Vaccination United Provinces of Agra and Oudh 1923-1928 - 1923-1928
Year: 1923
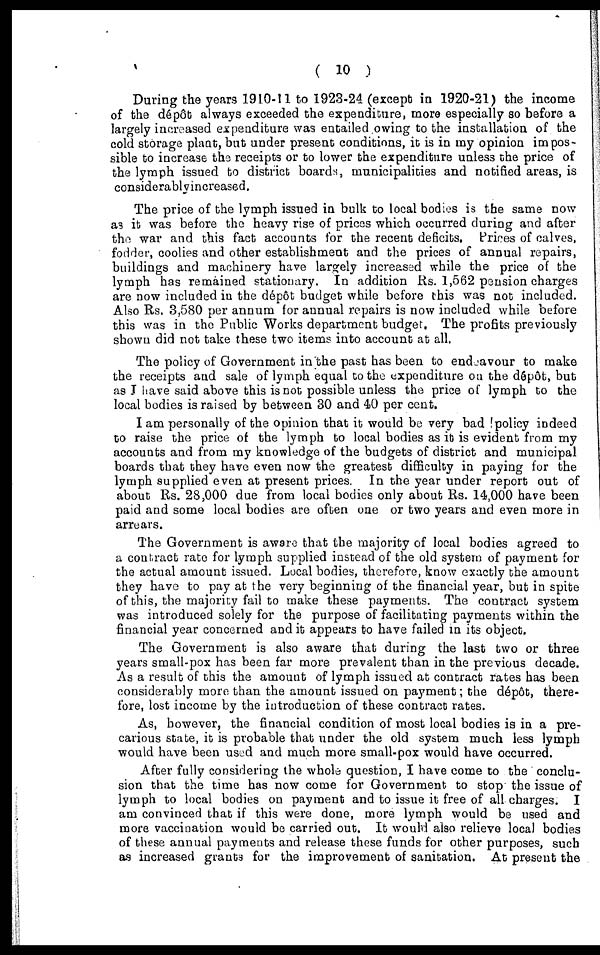
( 10 )
During the years 1910-11 to 1923-24 (except in 1920-21) the income
of the dépôt always exceeded the expenditure, more especially so before a
largely increased expenditure was entailed owing to the installation of the
cold storage plant, but under present conditions, it is in my opinion impos-
sible to increase the receipts or to lower the expenditure unless the price of
the lymph issued to district boards, municipalities and notified areas, is
considerably increased.
The price of the lymph issued in bulk to local bodies is the same now
as it was before the heavy rise of prices which occurred during and after
the war and this fact accounts for the recent deficits. Prices of calves,
fodder, coolies and other establishment and the prices of annual repairs,
buildings and machinery have largely increased while the price of the
lymph has remained stationary. In addition Rs. 1,562 pension charges
are now included in the dépôt budget while before this was not included.
Also Rs. 3,580 per annum for annual repairs is now included while before
this was in the Public Works department budget. The profits previously
shown did not take these two items into account at all.
The policy of Government in the past has been to endeavour to make
the receipts and sale of lymph equal to the expenditure on the dépôt, but
as I have said above this is not possible unless the price of lymph to the
local bodies is raised by between 30 and 40 per cent.
I am personally of the opinion that it would be very bad policy indeed
to raise the price of the lymph to local bodies as it is evident from my
accounts and from my knowledge of the budgets of district and municipal
boards that they have even now the greatest difficulty in paying for the
lymph supplied even at present prices. In the year under report out of
about Rs. 28,000 due from local bodies only about Rs. 14,000 have been
paid and some local bodies are often one or two years and even more in
arrears.
The Government is aware that the majority of local bodies agreed to
a contract rate for lymph supplied instead of the old system of payment for
the actual amount issued. Local bodies, therefore, know exactly the amount
they have to pay at the very beginning of the financial year, but in spite
of this, the majority fail to make these payments. The contract system
was introduced solely for the purpose of facilitating payments within the
financial year concerned and it appears to have failed in its object.
The Government is also aware that during the last two or three
years small-pox has been far more prevalent than in the previous decade.
As a result of this the amount of lymph issued at contract rates has been
considerably more than the amount issued on payment; the dépôt, there-
fore, lost income by the introduction of these contract rates.
As, however, the financial condition of most local bodies is in a pre-
carious state, it is probable that under the old system much less lymph
would have been used and much more small-pox would have occurred.
After fully considering the whole question, I have come to the conclu-
sion that the time has now come for Government to stop the issue of
lymph to local bodies on payment and to issue it free of all charges. I
am convinced that if this were done, more lymph would be used and
more vaccination would be carried out. It would also relieve local bodies
of these annual payments and release these funds for other purposes, such
as increased grants for the improvement of sanitation. At present the